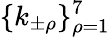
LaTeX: \{ k_{\pm\rho}\} _{\rho=1}^{7}